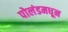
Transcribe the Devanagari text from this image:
पोलंडमधून